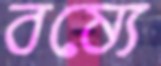
বষ্যে